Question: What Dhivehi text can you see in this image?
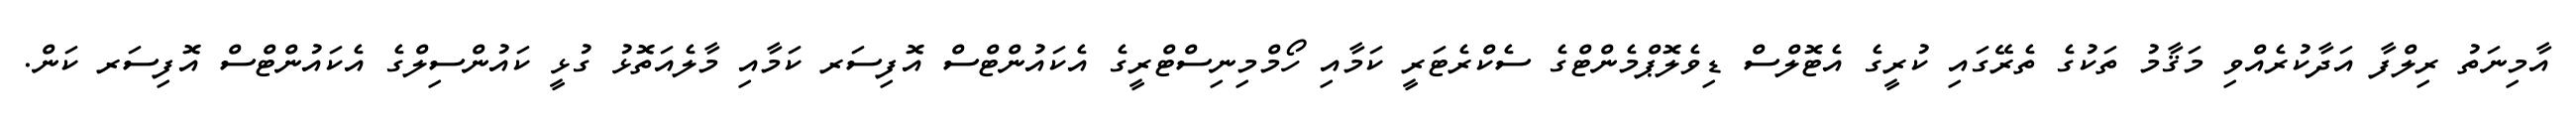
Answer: އާމިނަތު ރިލްފާ އަދާކުރެއްވި މަޤާމު ތަކުގެ ތެރޭގައި ކުރީގެ އެޓޮލްސް ޑިވެލޮޕްމެންޓްގެ ސެކްރެޓަރީ ކަމާއި ހޯމްމިނިސްޓްރީގެ އެކައުންޓްސް އޮފިސަރ ކަމާއި މާލެއަތޮޅު ގުޅީ ކައުންސިލްގެ އެކައުންޓްސް އޮފިސަރ ކަން.